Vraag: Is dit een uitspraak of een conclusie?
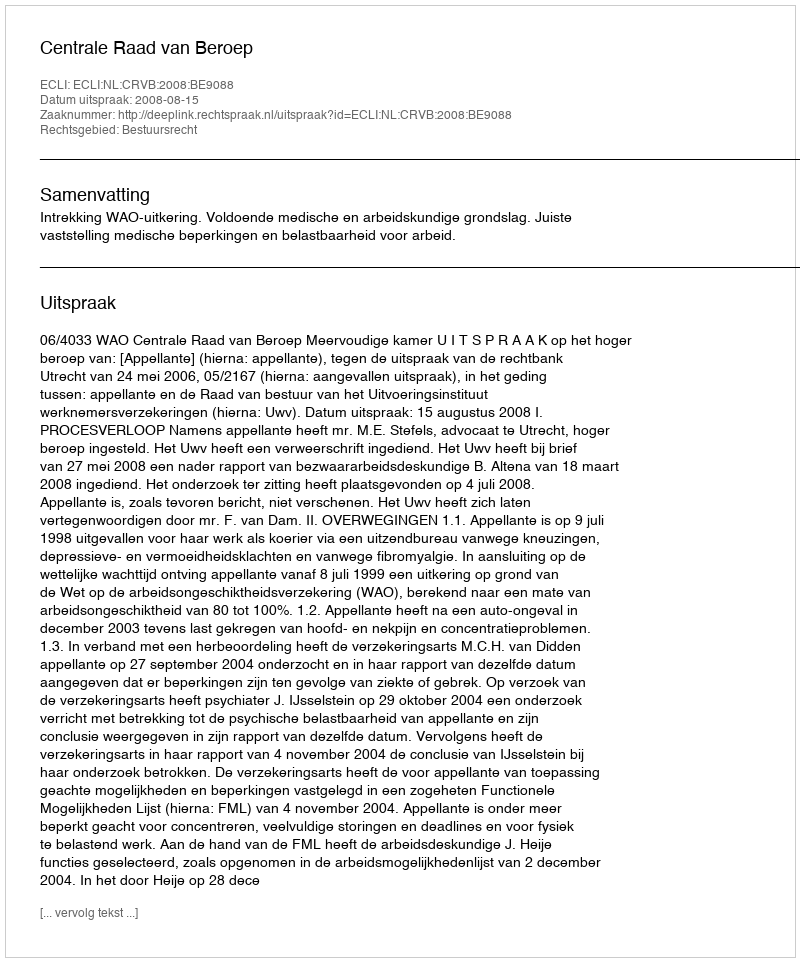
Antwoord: Uitspraak